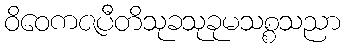
ဝိဝေကဇပီတိသုခသုခုမသစ္စသညာ